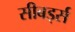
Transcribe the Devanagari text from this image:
सीबर्ड्स